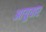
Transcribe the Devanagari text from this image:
आयुवार